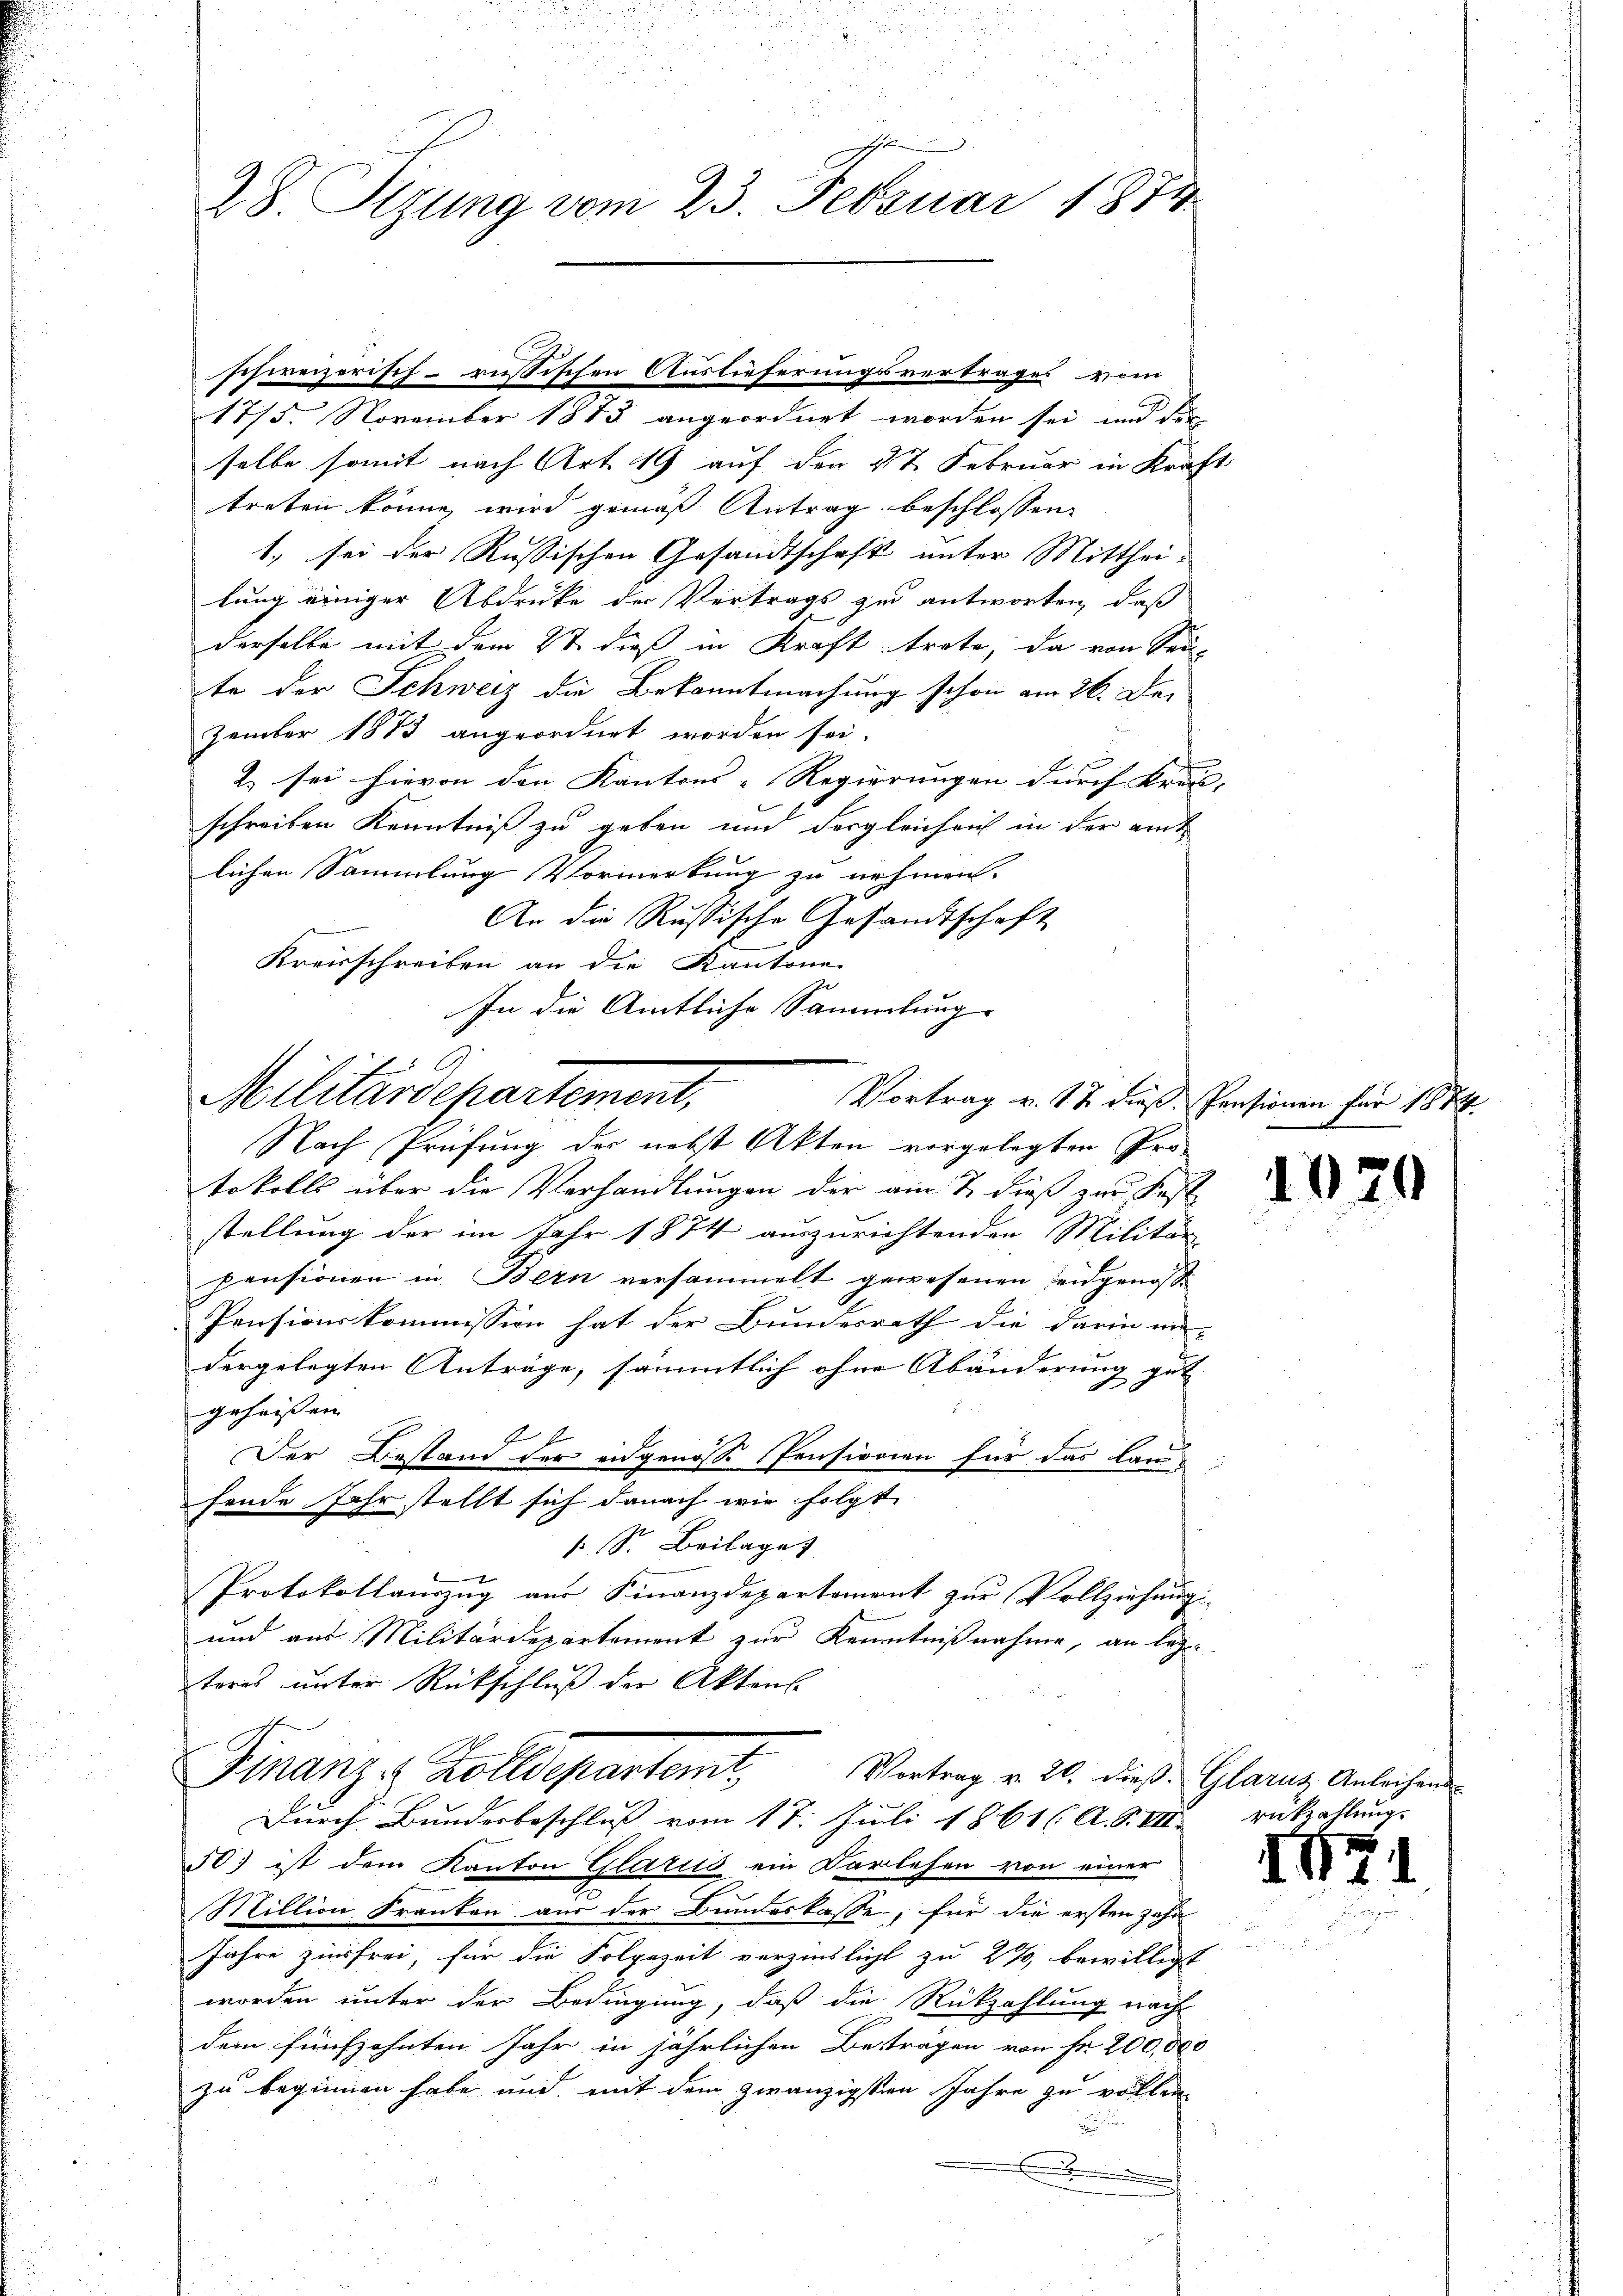
28. Stzung vom 23. Februar 1873

1775. November 1873 angeordnet worden sei, und der
selbe somit nach Art. 19 auf den 27. Februar in Kraft
treten könne, wird gemäß Antrag beschlossen,
1., sei der Russischen Gesandtschaft unter Mitthei-
lung einiger Abdruke der Vertrags zu antworten, daß
derselbe mit dem 2t dieß in Kraft trete, da von Sei-
te der Schweiz die Bekanntmachung schon am 26. Dezember 1873 angeordnet worden sei.
2. sei hievon den Kantons-Regierungen durch Kran- |
schreiben Kenntniß zu geben und dergleich auch in der amt
lichen Sammlung Vormerkung zu nehmen.
An die Russische Gesandtschaft
Kreisschreiben an die Kantone.
In die Amtliche Sammlung

schweizerisch-russischen Auslieferungsvertrages vom

Militärdepartement,
Vortrag v. 17 dieß. Pensionen für 181
Nach Prüfung der nebst Akten vorgelegten Pro¬

Finanze Zolldepartemt, Vortrag v. 20. dieß Glarus Anleihens
Durch Bundesbeschluß vom 17. Juli 1861 (A. S. VII.

tokolls über die Verhandlungen der am 7. dieß zur Fest
stellung der im Jahr 1874 auszurichtenden Militär
pensionen in Bern versammelt gewesenen Leidgenoße
Pensionskommission hat der Bundesrath die darin un-
dergelegten Anträge, sämmtlich ohne Abänderung gut
.
geheißen
Der Bestand der eidgenosse Pensionien für das lanfende Jahr stellt sich danach wie folgt
 Sr. Beilage
Protokollauszug aus Finanzdepartement zur Vollziehung.
und aus Militärdepartement zur Kenntnißnahme, an lege
teres unter Rückschluß der Akten.

50) ist dem Kanton Glarus ein Darlehen von einer
Million Franken aus der Bundeskasse, für die ersten zehn
Jahre zinsfrei, für die Folgezeit verzinslicht zu 2%, bewilligt
worden unter der Bedingung, daß die Rückzahlung nach
dem fünfzehnten Jahr in jährlichen Besträgen von Fr. 200,000
zu beginnen habe und mit dem zwanzigsten Jahre zu vollen

.

1

rükzahlung.

Ich